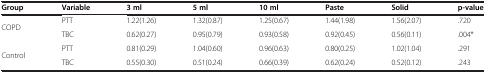
<table><thead><tr><td><b>Group</b></td><td><b>Variable</b></td><td><b>3 ml</b></td><td><b>5 ml</b></td><td><b>10 ml</b></td><td><b>Paste</b></td><td><b>Solid</b></td><td><b>p-value</b></td></tr></thead><tbody><tr><td rowspan="2">COPD</td><td>PTT</td><td>1.22(1.26)</td><td>1.32(0.87)</td><td>1.25(0.67)</td><td>1.44(1.98)</td><td>1.56(2.07)</td><td>.720</td></tr><tr><td>TBC</td><td>0.62(0.27)</td><td>0.95(0.79)</td><td>0.93(0.58)</td><td>0.92(0.45)</td><td>0.56(0.11)</td><td>.004*</td></tr><tr><td rowspan="2">Control</td><td>PTT</td><td>0.81(0.29)</td><td>1.04(0.60)</td><td>0.96(0.63)</td><td>0.80(0.25)</td><td>1.02(1.04)</td><td>.291</td></tr><tr><td>TBC</td><td>0.55(0.30)</td><td>0.51(0.24)</td><td>0.66(0.39)</td><td>0.62(0.24)</td><td>0.52(0.12)</td><td>.243</td></tr></tbody></table>